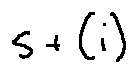
s + ( i )